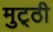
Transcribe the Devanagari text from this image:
मुट्‌ठी